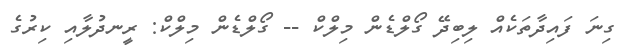
ގިނަ ފައިދާތަކެއް ލިބިދޭ ގޯލްޑެން މިލްްކް -- ގޯލްޑެން މިލްކް: ރީނދުލާއި ކިރުގެ